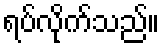
ရပ်လိုက်သည်။